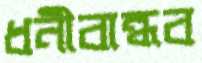
ধনীবান্ধব